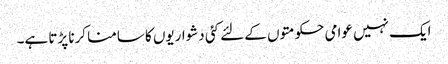
ایک نہیں عوامی حکومتوں کے لئے کئی دشواریوں کا سامنا کرنا پڑتا ہے۔